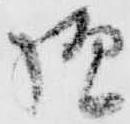
様